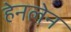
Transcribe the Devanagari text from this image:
हेनलेन